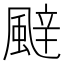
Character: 𮨬